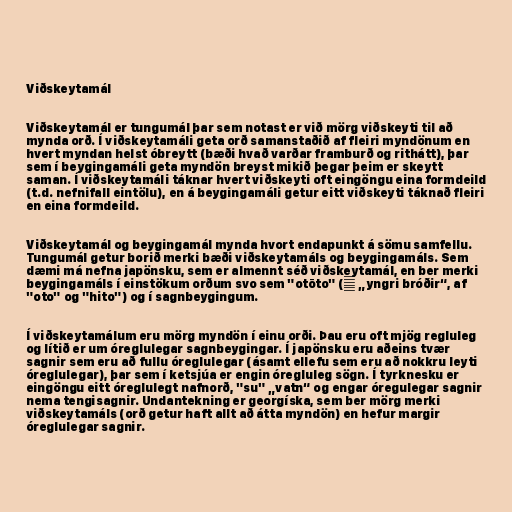
Viðskeytamál

Viðskeytamál er tungumál þar sem notast er við mörg viðskeyti til að
mynda orð. Í viðskeytamáli geta orð samanstaðið af fleiri myndönum en
hvert myndan helst óbreytt (bæði hvað varðar framburð og rithátt), þar
sem í beygingamáli geta myndön breyst mikið þegar þeim er skeytt
saman. Í viðskeytamáli táknar hvert viðskeyti oft eingöngu eina formdeild
(t.d. nefnifall eintölu), en á beygingamáli getur eitt viðskeyti táknað fleiri
en eina formdeild.

Viðskeytamál og beygingamál mynda hvort endapunkt á sömu samfellu.
Tungumál getur borið merki bæði viðskeytamáls og beygingamáls. Sem
dæmi má nefna japönsku, sem er almennt séð viðskeytamál, en ber merki
beygingamáls í einstökum orðum svo sem "otōto" (弟 „yngri bróðir“, af
"oto" og "hito") og í sagnbeygingum.

Í viðskeytamálum eru mörg myndön í einu orði. Þau eru oft mjög regluleg
og lítið er um óreglulegar sagnbeygingar. Í japönsku eru aðeins tvær
sagnir sem eru að fullu óreglulegar (ásamt ellefu sem eru að nokkru leyti
óreglulegar), þar sem í ketsjúa er engin óregluleg sögn. Í tyrknesku er
eingöngu eitt óreglulegt nafnorð, "su" „vatn“ og engar óregulegar sagnir
nema tengisagnir. Undantekning er georgíska, sem ber mörg merki
viðskeytamáls (orð getur haft allt að átta myndön) en hefur margir
óreglulegar sagnir.